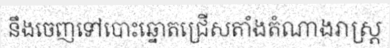
នឹងចេញទៅបោះឆ្នោតជ្រើសតាំងតំណាងរាស្ត្រ